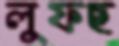
লুফছ